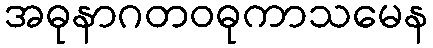
အဓုနာဂတဝဓုကာသမေန